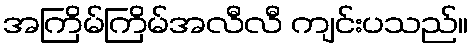
အကြိမ်ကြိမ်အလီလီ ကျင်းပသည်။